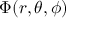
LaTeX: \Phi ( r , \theta , \phi )